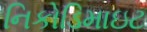
નિકોડિમાઇટ